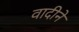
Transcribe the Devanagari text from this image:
वादीने